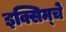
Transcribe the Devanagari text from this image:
इक्सिम्चे